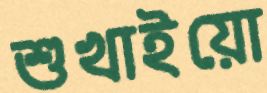
শুখাইয়ো